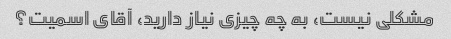
مشکلی نیست، به چه چیزی نیاز دارید، آقای اسمیت؟